Education and care of mentally and physically defective children, 1937
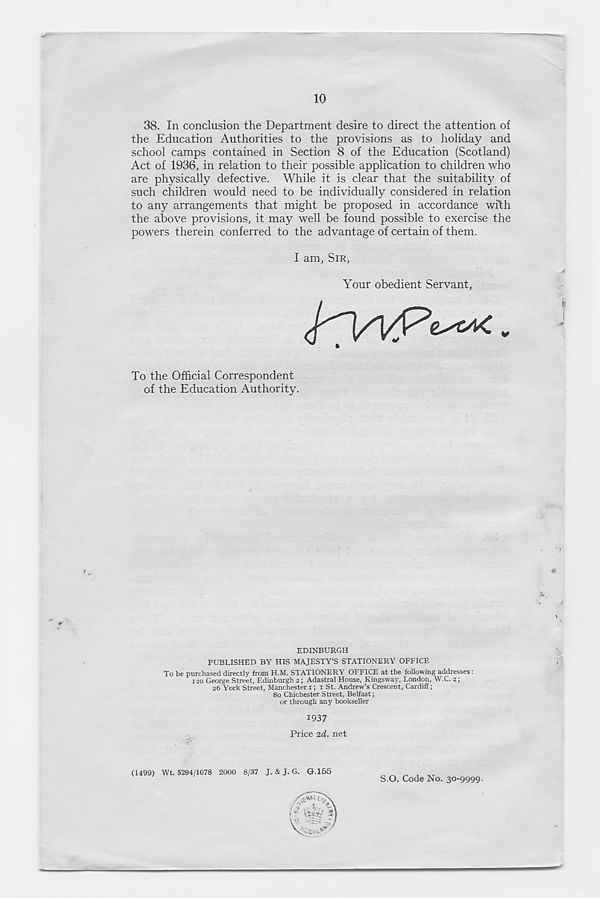
10
38. In conclusion the Department desire to direct the attention of
the Education Authorities to the provisions as to holiday and
school camps contained in Section 8 of the Education (Scotland)
Act of 1936, in relation to their possible application to children who
are physically defective. While it is clear that the suitability of
such children would need to be individually considered in relation
to any arrangements that might be proposed in accordance with
the above provisions, it may well be found possible to exercise the
powers therein conferred to the advantage of certain of them.
I am, SIR,
Your obedient Servant,
To the Official Correspondent
of the Education Authority.
EDINBURGH
PUBLISHED BY HIS MAJESTY’S STATIONERY OFFICE
To be purchased directly from H.M. STATIONERY OFFICE at the following addresses:
120 George Street, Edinburgh 2; Adastral House, Kingsway, London, W.C. 2;
26 York Street, Manchester 1; 1 St. Andrew’s Crescent, Cardiff;
80 Chichester Street, Belfast;
or through any bookseller
1937
Price 2,d. net
(1499) Wt. 5294/1078 2000 8/37 J. & J. G. G.155
S.O. Code No. 30-9999.